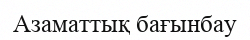
Азаматтық бағынбау